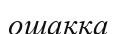
ошаққа